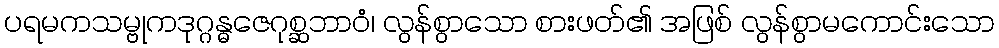
ပရမကသမ္ဗုကဒုဂ္ဂန္ဓဇေဂုစ္ဆဘာဝံ၊ လွန်စွာသော စားဖတ်၏ အဖြစ် လွန်စွာမကောင်းသော